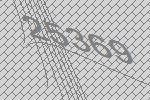
25369